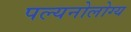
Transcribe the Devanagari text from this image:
पल्यनोलोग्य